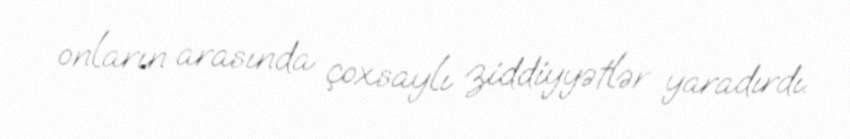
onların arasında çoxsaylı ziddiyyətlər yaradırdı.